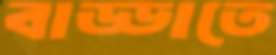
বাড্ডাতে